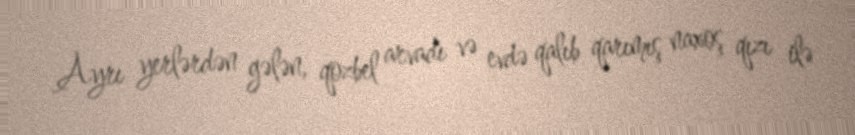
Ayrı yerlərdən gələn, qozbel arvadı və evdə qalıb qarımış naxoş qızı ilə